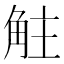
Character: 𧣓